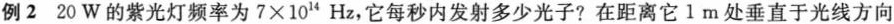
例2 20W的紫光灯频率为$$7 \times 1 0 ^ { 1 4 }$$Hz，它每秒内发射多少光子?在距离它1 m处垂直于光线方向